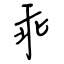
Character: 乖